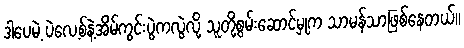
ဒါပေမဲ့ ပဲလေ့စ်နဲ့အိမ်ကွင်းပွဲကလွဲလို့ သူတို့စွမ်းဆောင်မှုက သာမန်သာဖြစ်နေတယ်။